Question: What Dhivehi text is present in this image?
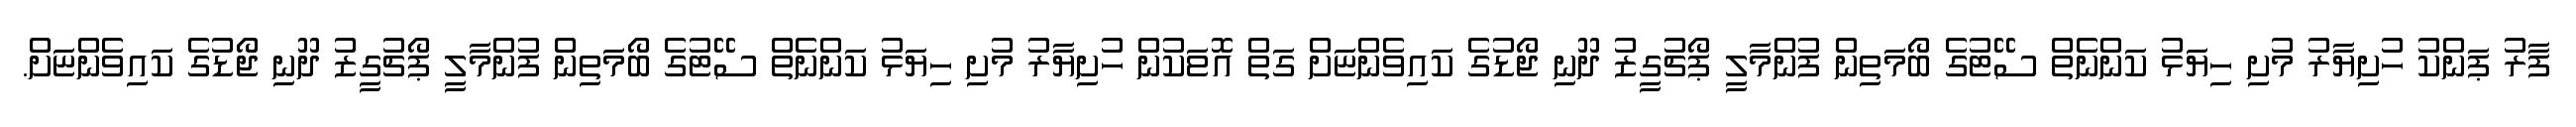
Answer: ފާރު ޕަންކު ހުށިޔާރު މުށި ހިޔަޅު ކަންނެތް ސޭޓުގެ ބޯމަތިން ފުންމާލީ ޕޯޗުގީޒު ދޫނި ޖޯޑުގެ ކައިވެންޏަށް ގަތް އޮޱަކުން ހުށިޔާރު މުށި ހިޔަޅު ކަންނެތް ސޭޓުގެ ބޯމަތިން ފުންމާލީ ޕޯޗުގީޒު ދޫނި ޖޯޑުގެ ކައިވެންޏަށް.